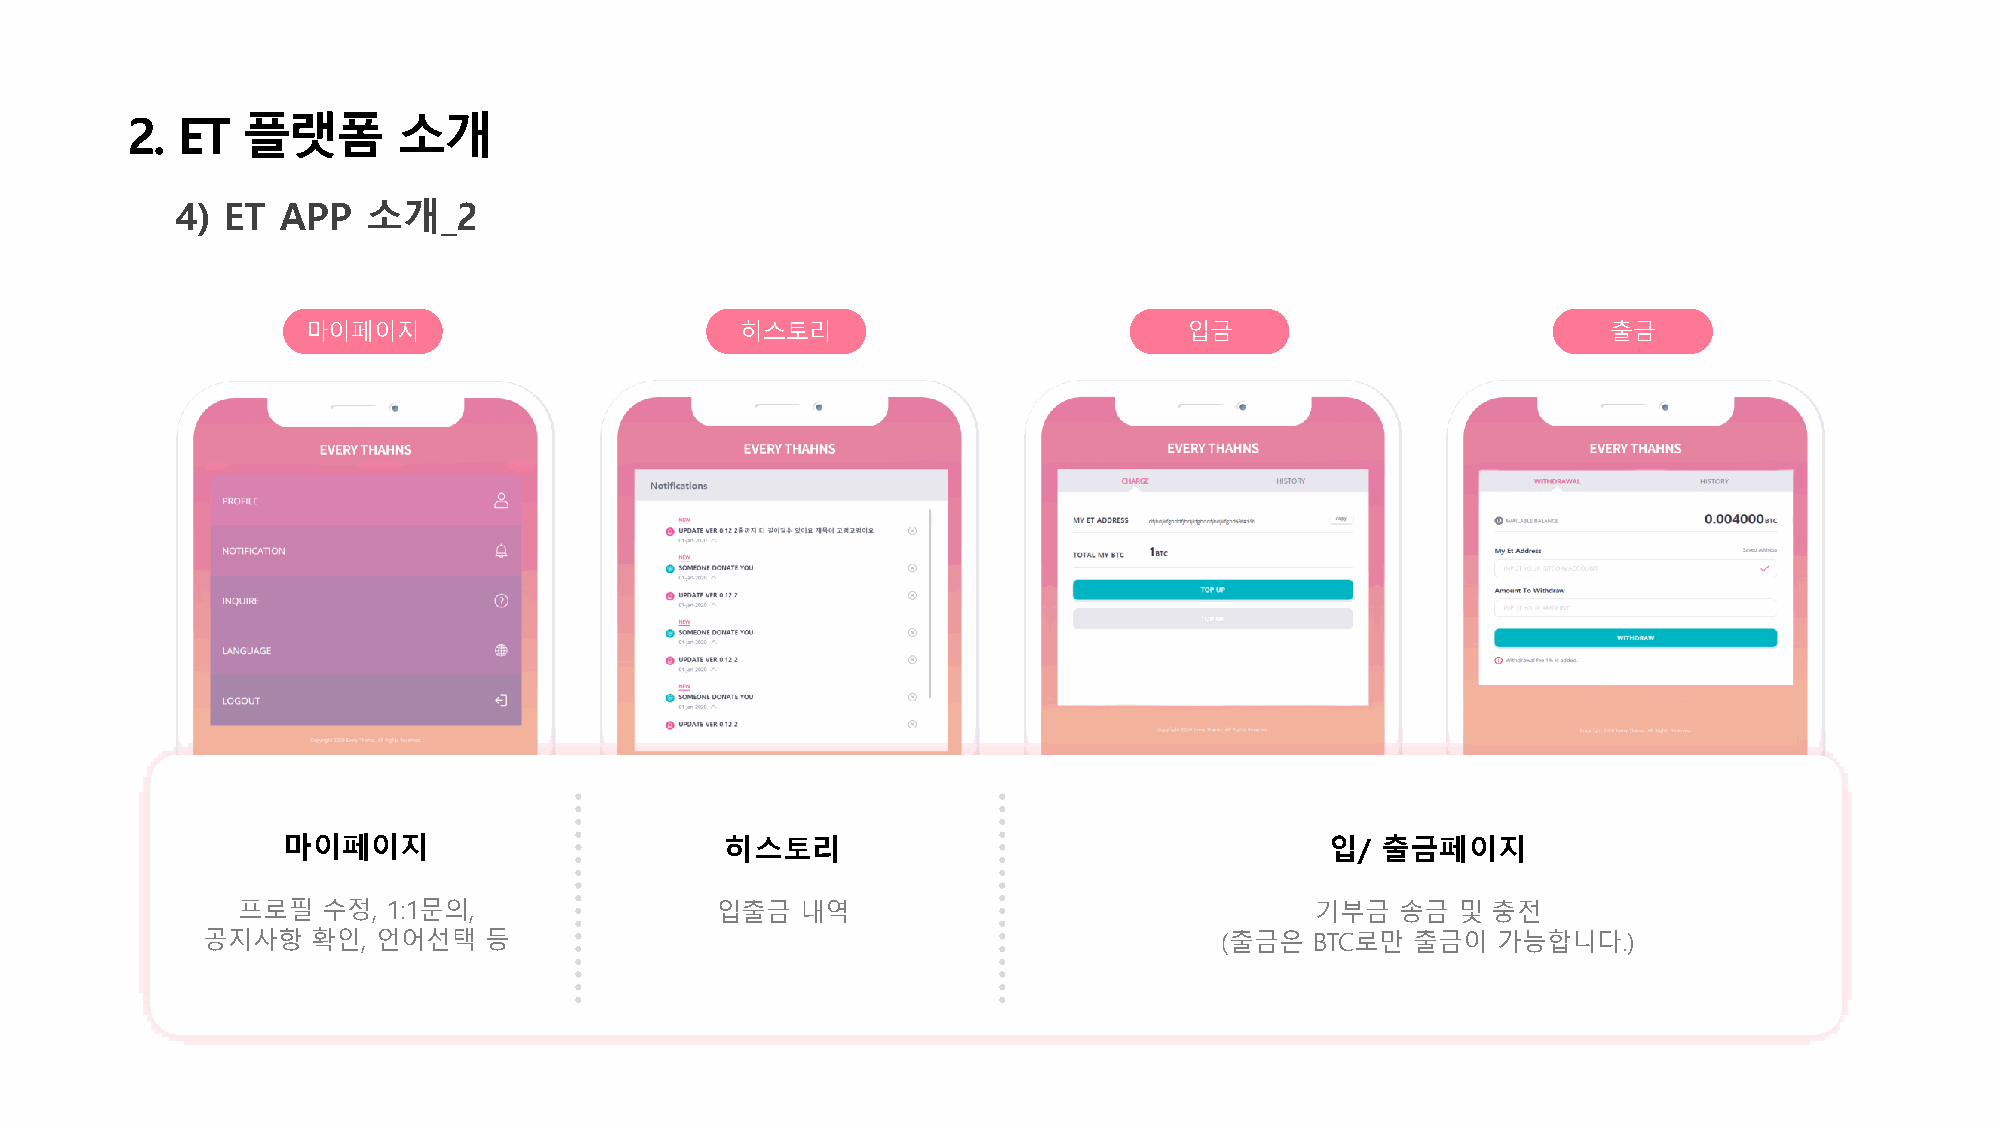
2.  ET  플랫폼       소개
 4) ET  APP  소개_2
 마이페이지                        히스토리                          입금                          출금
 마이페이지                        히스토리                                    입/ 출금페이지
 프로필  수정,  1:1문의,               입출금   내역                                기부금   송금 및  충전
 공지사항    확인, 언어선택   등                                                (출금은  BTC로만  출금이  가능합니다.)